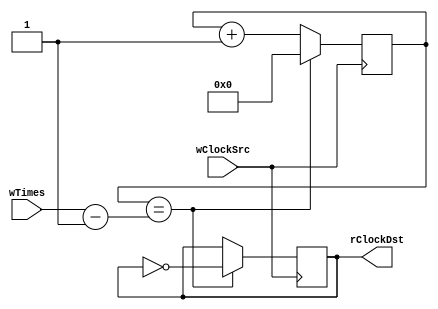
`timescale 1ns / 1ps
//////////////////////////////////////////////////////////////////////////////////
// Company: 
// Engineer: 
// 
// Design Name: 
// Module Name: TimeDiv
// Project Name: 
// Target Devices: 
// Tool Versions: 
// Description: 
// 
// Dependencies: 
// 
// Revision:
// Revision 0.01 - File Created
// Additional Comments:
// 
//////////////////////////////////////////////////////////////////////////////////


module TimeDiv
(
    input wire wClockSrc,
    input wire[31:0] wTimes,
    output reg rClockDst
);
    reg[31:0] rCounter;
    
    initial
    begin
        rCounter = 0;
        rClockDst = 0;
    end
    
    always @(posedge wClockSrc)
    begin
        if(rCounter == wTimes - 1)
        begin
            rClockDst <= ~rClockDst;
            rCounter <= 0;
        end
        else
        begin
            rCounter <= rCounter + 1'b1;
        end
    end
    
endmodule